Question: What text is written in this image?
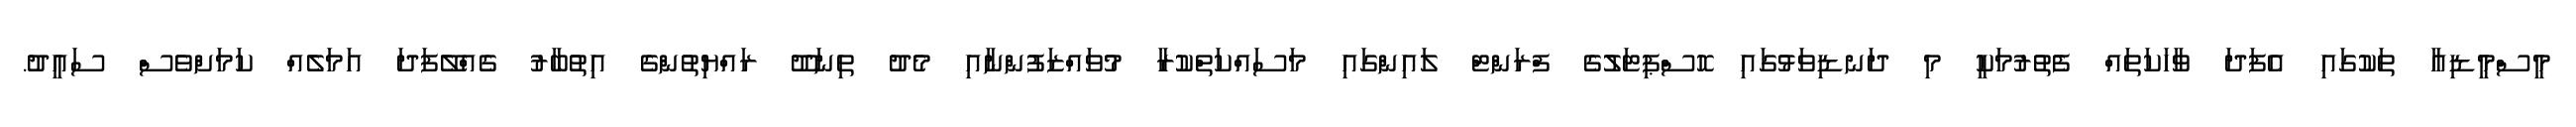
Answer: މީސްމީޑިއާ ތަކުގައި އެފަދަ ވާހަކަތައް ފެތުރުމަކީ މި ދަނޑިވަޅުގައި ހޮސްޕިޓަލުގެ ފްރަންޓް ލައިންގައި މަސައްކަތްކުރާ މުވައްޒަފުންނާއި މެދު ތިނަދޫ ރައްޔިތުންގެ އިތުބާރު ގެއްލޭފަދަ އަމަލެއް ކަމަށްވެސް ސައީދު.